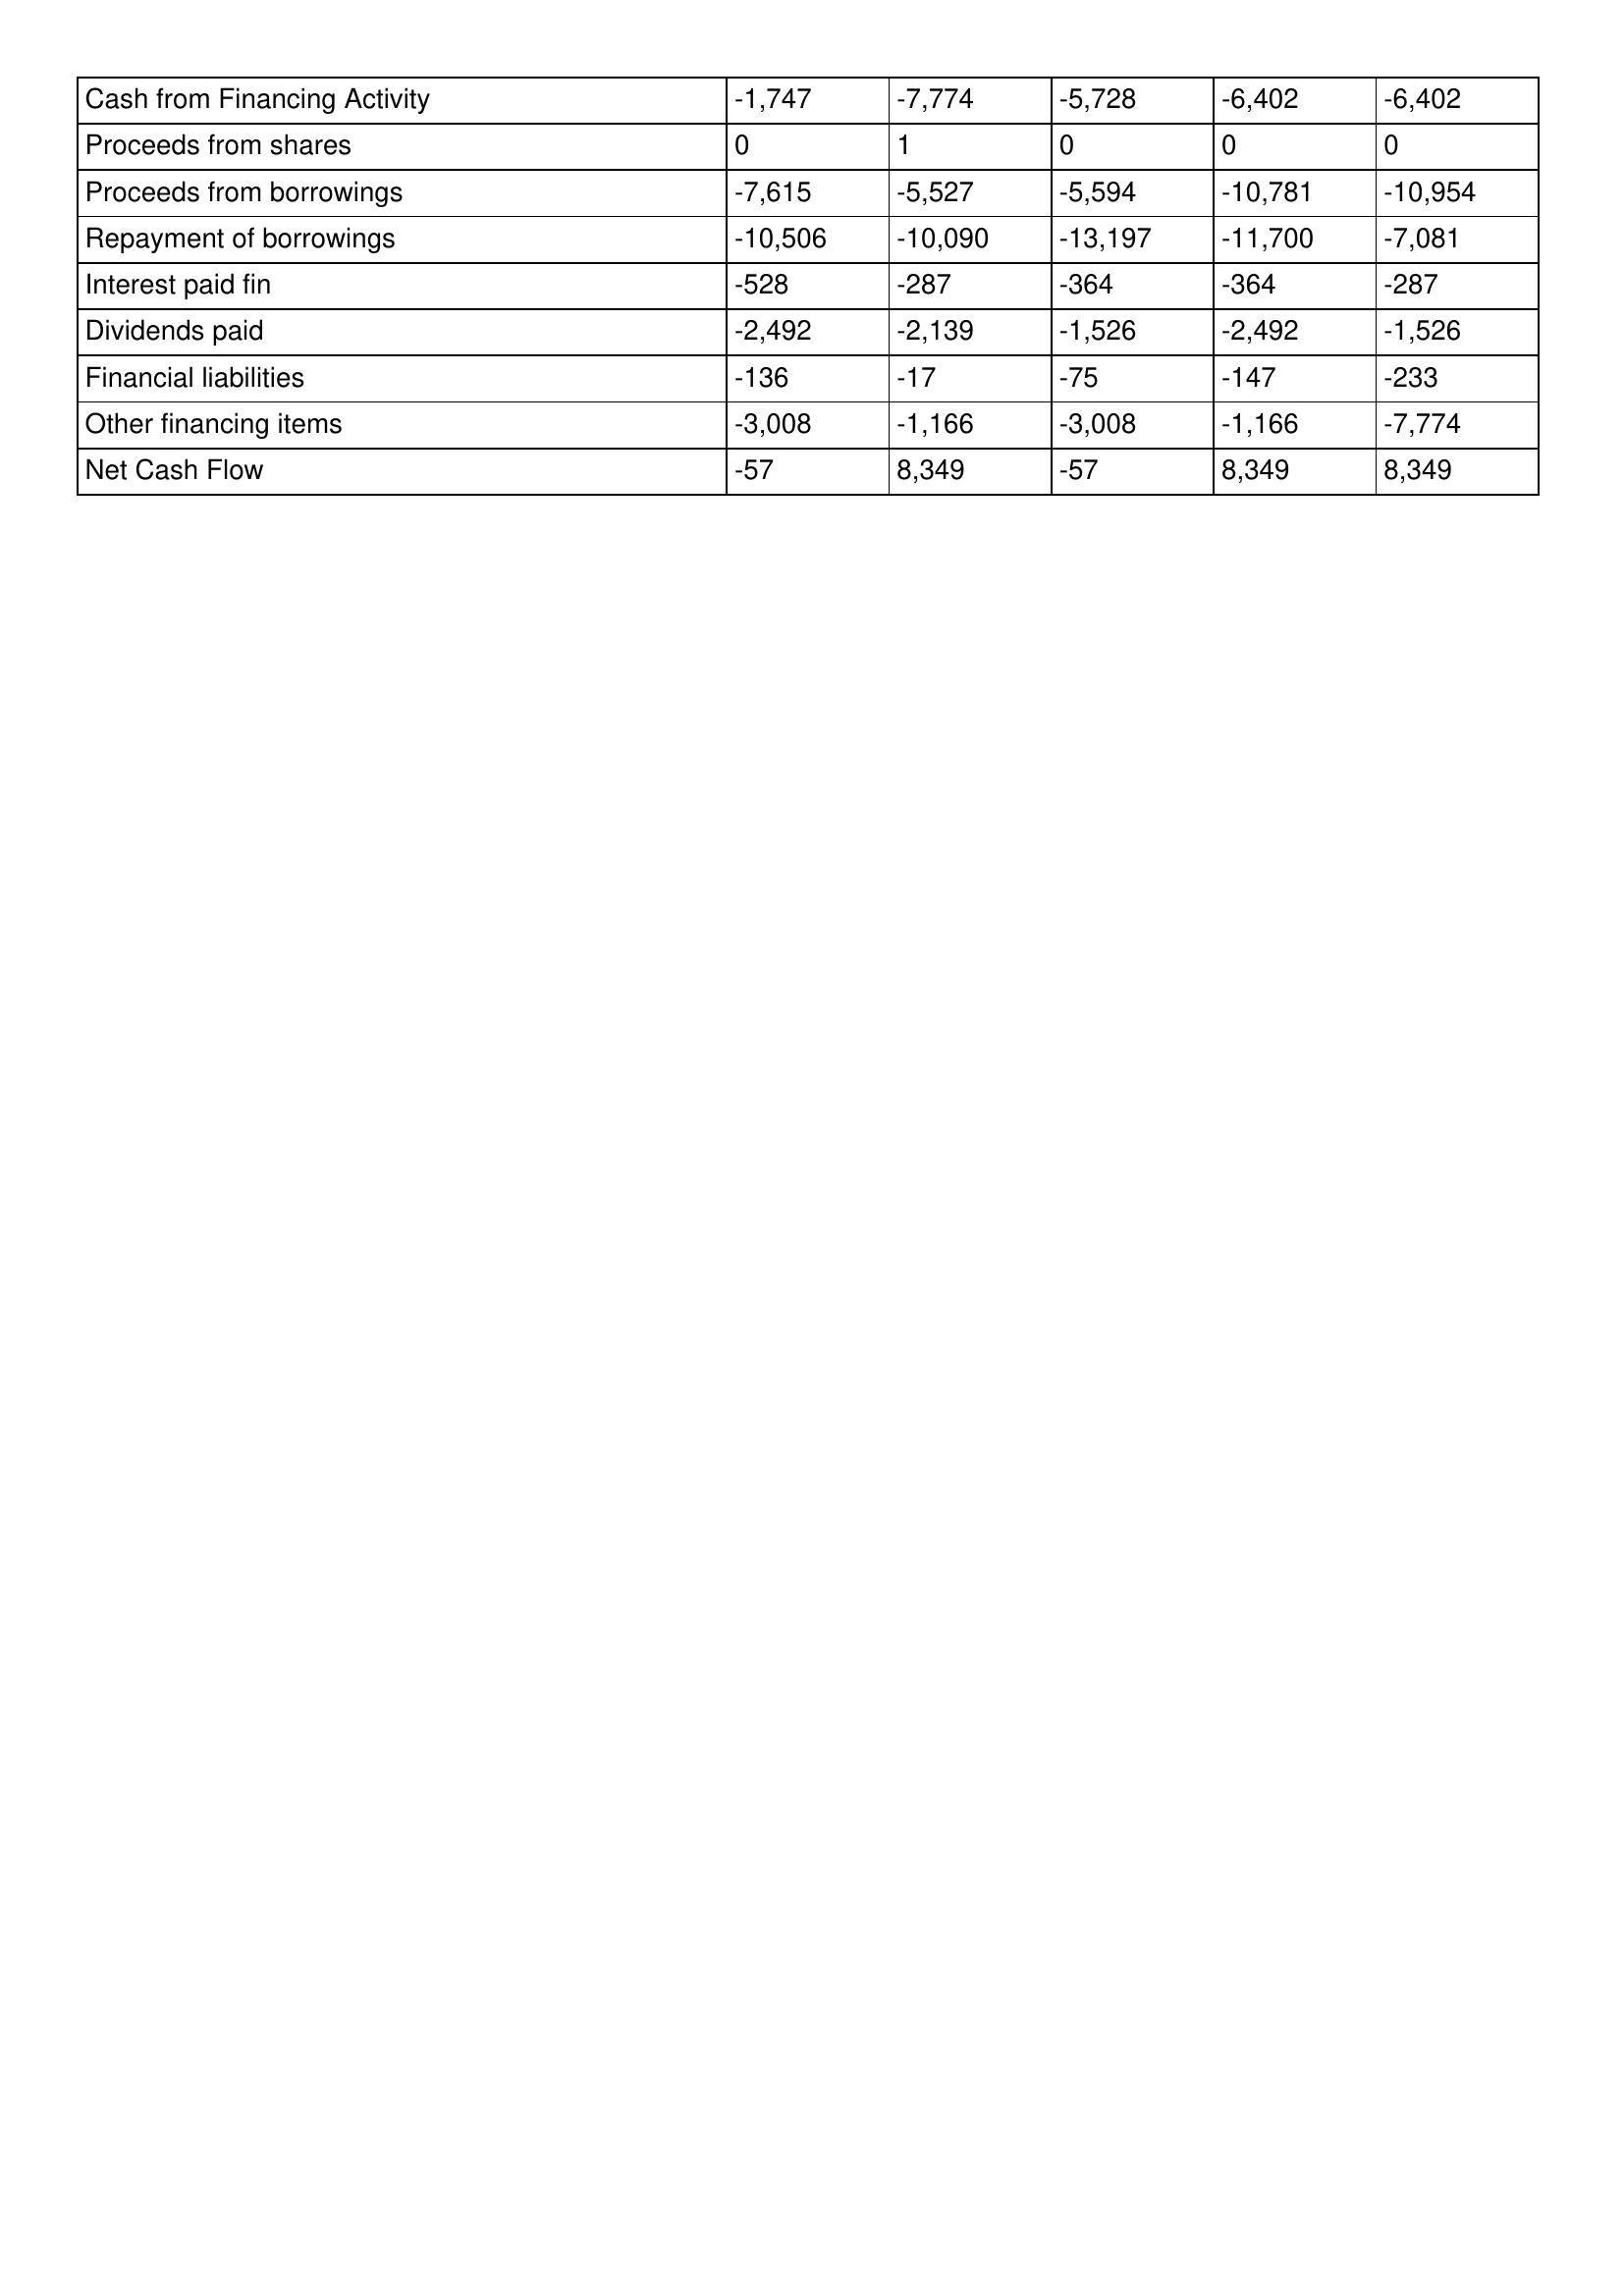
gt_parse: 2012: Cash Flows: Cash from Financing Activity: -1,747
Proceeds from shares: 0
Proceeds from borrowings: -7,615
Repayment of borrowings: -10,506
Interest paid fin: -528
Dividends paid: -2,492
Financial liabilities: -136
Other financing items: -3,008
Net Cash Flow: -57
2011: Cash Flows: Cash from Financing Activity: -7,774
Proceeds from shares: 1
Proceeds from borrowings: -5,527
Repayment of borrowings: -10,090
Interest paid fin: -287
Dividends paid: -2,139
Financial liabilities: -17
Other financing items: -1,166
Net Cash Flow: 8,349
2010: Cash Flows: Cash from Financing Activity: -5,728
Proceeds from shares: 0
Proceeds from borrowings: -5,594
Repayment of borrowings: -13,197
Interest paid fin: -364
Dividends paid: -1,526
Financial liabilities: -75
Other financing items: -3,008
Net Cash Flow: -57
2009: Cash Flows: Cash from Financing Activity: -6,402
Proceeds from shares: 0
Proceeds from borrowings: -10,781
Repayment of borrowings: -11,700
Interest paid fin: -364
Dividends paid: -2,492
Financial liabilities: -147
Other financing items: -1,166
Net Cash Flow: 8,349
2008: Cash Flows: Cash from Financing Activity: -6,402
Proceeds from shares: 0
Proceeds from borrowings: -10,954
Repayment of borrowings: -7,081
Interest paid fin: -287
Dividends paid: -1,526
Financial liabilities: -233
Other financing items: -7,774
Net Cash Flow: 8,349